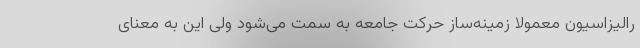
رالیزاسیون معمولا زمینه‌ساز حرکت جامعه به سمت می‌شود ولی این به معنای